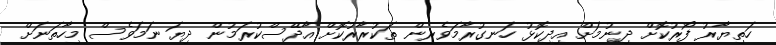
ހަތިޔާރު ފޯރުކޮށް ދިނުމަށް އިދިކޮޅު ހަނގުރާމަވެރިން ތަކުރާރުކޮށް އާދޭސްކުރަމުން ދިޔަ ނަމަވެސް މިހާތަނަށް